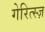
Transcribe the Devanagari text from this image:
गेरित्स्ज़